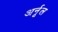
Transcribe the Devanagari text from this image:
अर्नूल